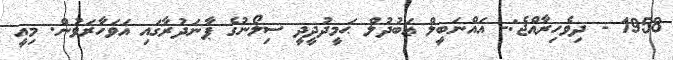
1958 - ދިވެހިރާއްޖެ:- އައްނަބީލް ޢަބުދުލް ޙަމީދުދީދީ ސިލޯނުގެ ޕާނަދުރާގައި އަވަހާރަވުން. މިއީ